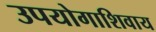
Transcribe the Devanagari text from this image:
उपयोगाशिवाय